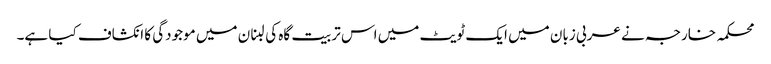
محکمہ خارجہ نے عربی زبان میں ایک ٹویٹ میں اس تربیت گاہ کی لبنان میں موجودگی کا انکشاف کیا ہے۔